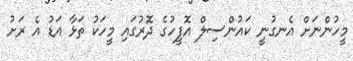
މީހުންނަށް އެނގުނީ ކައުންސިލް އޮފީހުގެ ދޮރުގައި މީހަކު ތަޅާ އަޑު އެ ރަށު